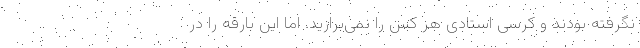
نگرفته بودند و کرسی استادی هر کس را نمی‌برازید. اما این بارقه را در